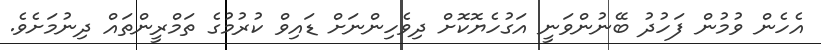
އެހެން ވުމުން ފަހުދު ބޭނުންވަނީ އަގުހެޔޮކޮށް ދިވެހިންނަށް ޑައިވް ކުރުމުގެ ތަމްރީންތައް ދިނުމަށެވެ.